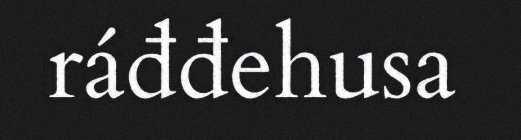
ráđđehusa